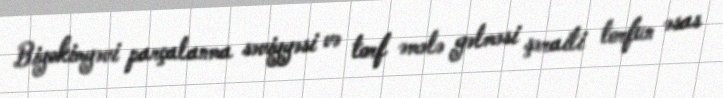
Biyokimyəvi parçalanma səviyyəsi və torf əmələ gəlməsi şəraiti torfun əsas